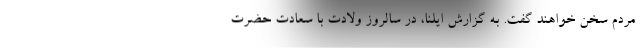
مردم سخن خواهند گفت. به گزارش ایلنا، در سالروز ولادت با سعادت حضرت